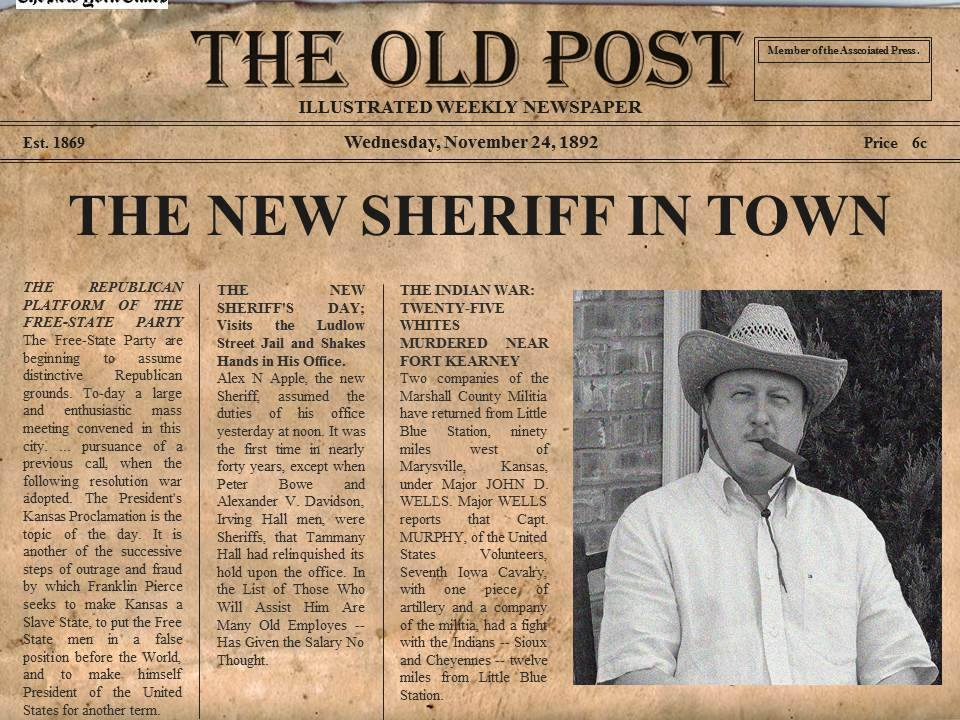
Language: en